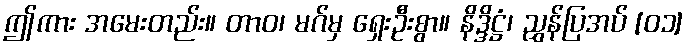
ဤကား အမေးတည်း။ တာဝ၊ မဂ်မှ ရှေးဦးစွာ။ နိဒ္ဒိဋ္ဌံ၊ ညွှန်ပြအပ် [၀၁]